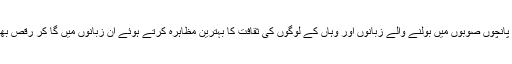
حصوصی طور پر نجی سکول کے طلباء ا ور طالبات نے پانچوں صوبوں میں بولنے والے زبانوں اور وہاں کے لوگوں کی ثقافت کا بہترین مظاہرہ کرتے ہوئے ان زبانوں میں گا کر رقص بھی پیش کیا اور ساتھ ہی اسی قوم کا لباس کا بھی مظہر کیا۔